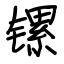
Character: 镙